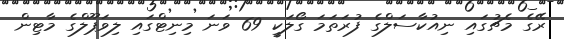
ރޭގެ މެޗުގައި ނިއުކާސަލްގެ ފުރަތަމަ ގޯލަކީ 69 ވަނަ މިނިޓްގައި ލިވަޕޫލްގެ މާޓިން